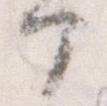
部